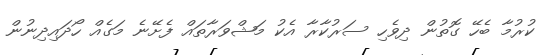
ކުރުމާ ބެހޭ ގޮތުން ދިވެހި ސަރުކާރާ އެކު މަޝްވަރާތައް ފެށޭނެ މަގެއް ހޯދައިދިނުން